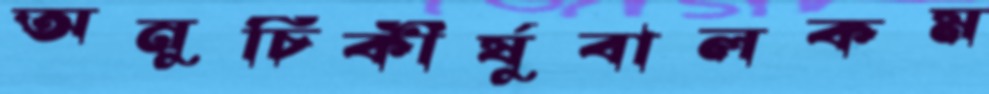
অনুচিকীর্ষুবালকম